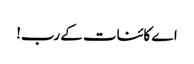
اے کائنات کے رب!